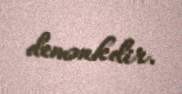
demənkdir.